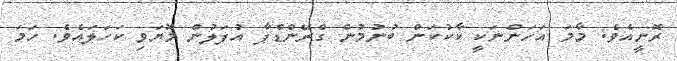
ރޮނީއެވެ. މާމަ އަހަންނަކީ ކާކުކަން ބުނުމުން ގްރޭންޑްޕާ އުފަލުން މޮޔަވި ކަހަލައެވެ. ހަމަ